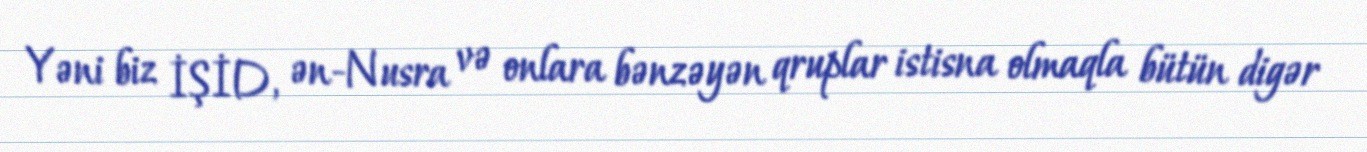
Yəni biz İŞİD, ən-Nusra və onlara bənzəyən qruplar istisna olmaqla bütün digər